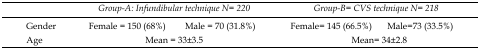
<table><thead><tr><td></td><td colspan="2"><b>Group-A: Infundibular technique N= 220</b></td><td colspan="2"><b>Group-B= CVS technique N= 218</b></td></tr></thead><tbody><tr><td>Gender</td><td>Female = 150 (68%)</td><td>Male = 70 (31.8%)</td><td>Female= 145 (66.5%)</td><td>Male=73 (33.5%)</td></tr><tr><td>Age</td><td colspan="2">Mean = 33±3.5</td><td colspan="2">Mean= 34±2.8</td></tr></tbody></table>